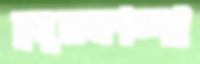
ঢুমুরকান্দা